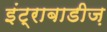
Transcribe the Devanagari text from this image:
इंट्राबाडीज़